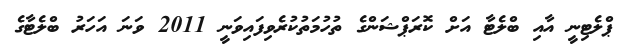
ޕްލެޓިނީ އާއި ބްލެޓާ އަށް ކޮރަޕްޝަންގެ ތުހުމަތުކުރެވިފައިވަނީ 2011 ވަނަ އަަހަރު ބްލެޓާގެ